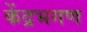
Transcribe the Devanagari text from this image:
केंद्रभगण